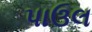
પાઉલ